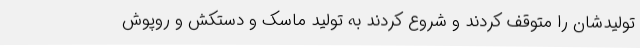
تولیدشان را متوقف کردند و شروع کردند به تولید ماسک و دستکش و روپوش